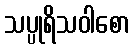
သပ္ပုရိသဝါစော